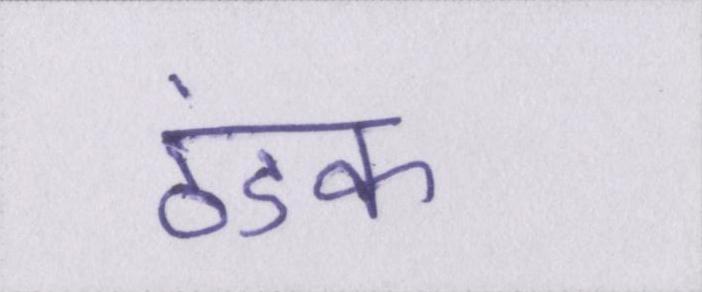
ठंडक